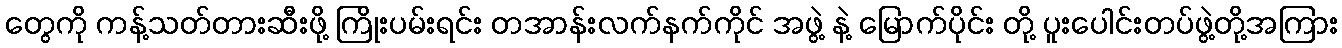
တွေကို ကန့်သတ်တားဆီးဖို့ ကြိုးပမ်းရင်း တအာန်းလက်နက်ကိုင် အဖွဲ့ နဲ့ မြောက်ပိုင်း တို့ ပူးပေါင်းတပ်ဖွဲ့တို့အကြား